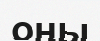
оңы